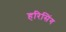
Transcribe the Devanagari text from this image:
हरिसिंग